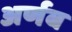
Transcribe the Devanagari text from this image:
अर्णब